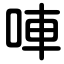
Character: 唓